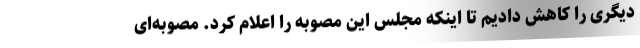
دیگری را کاهش دادیم تا اینکه مجلس این مصوبه را اعلام کرد. مصوبه‌ای